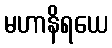
မဟာနိရယေ